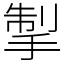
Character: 掣